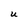
Character: U